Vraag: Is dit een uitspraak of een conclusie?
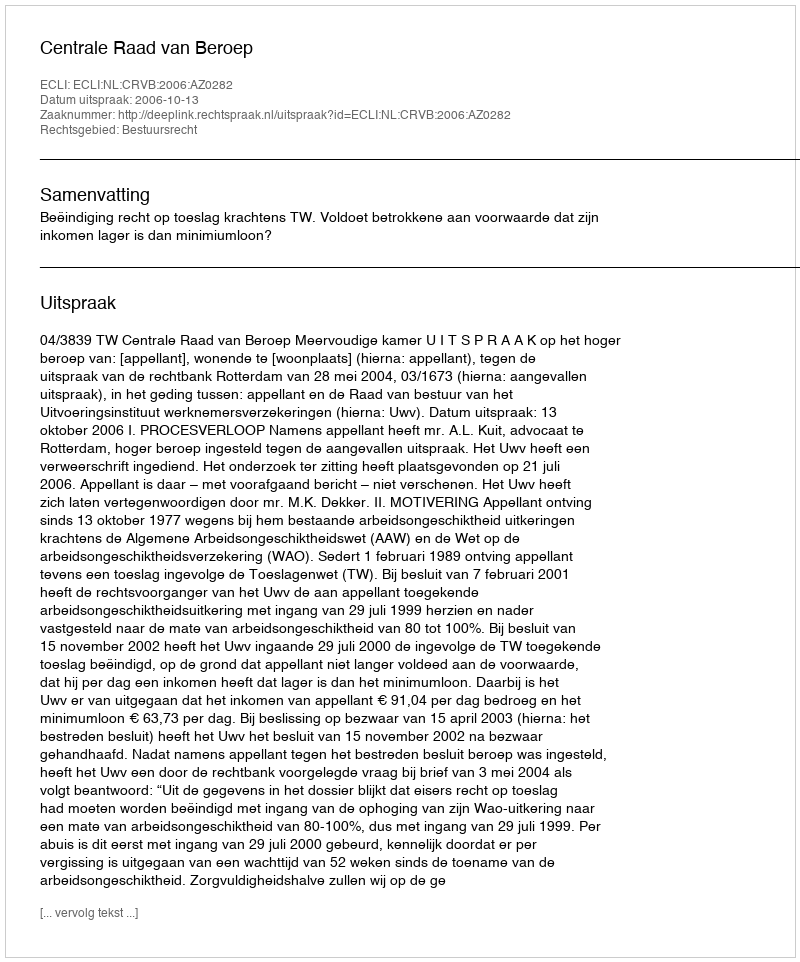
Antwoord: Uitspraak